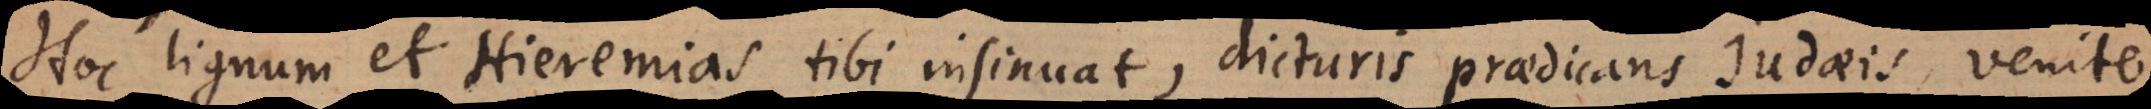
Hoc lignum et Hieremias tibi insinuat, dicturis praedicans Judaeis, veni